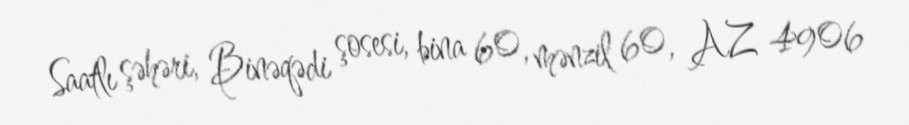
Saatlı şəhəri, Binəqədi şosesi, bina 60, mənzil 60, AZ 4906